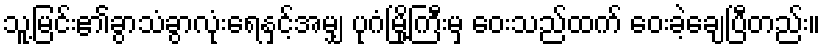
သူ့မြင်း၏ခွာသံခွာလုံးရေနှင့်အမျှ ပုဂံမြို့ကြီးမှ ဝေးသည်ထက် ဝေးခဲ့ချေပြီတည်း။